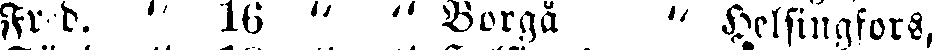
Fr d. " 16 " " Borgå " Helsingfors,